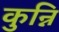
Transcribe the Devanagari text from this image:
कुन्नि